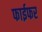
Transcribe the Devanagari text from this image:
फाईफर